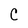
Character: C